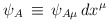
\begin{align*}\psi_A \, \equiv \, \psi_{A\mu} \, dx^\mu\end{align*}